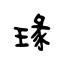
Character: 瑑